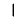
Digit: 1